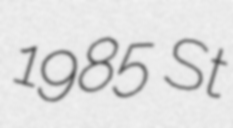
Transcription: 1985 St